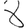
Digit: 8